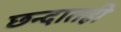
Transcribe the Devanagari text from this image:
छन्दातही